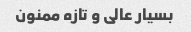
بسیار عالی و تازه ممنون